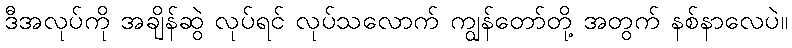
ဒီအလုပ်ကို အချိန်ဆွဲ လုပ်ရင် လုပ်သလောက် ကျွန်တော်တို့ အတွက် နစ်နာလေပဲ။